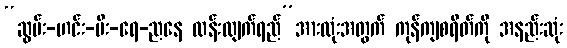
“ဆွမ်း-ဟင်း-မီး-ရေ-ညနေ ထန်းလျက်ရည်”အားလုံးအတွက် ကုန်ကျစရိတ်ကို အနည်းဆုံး